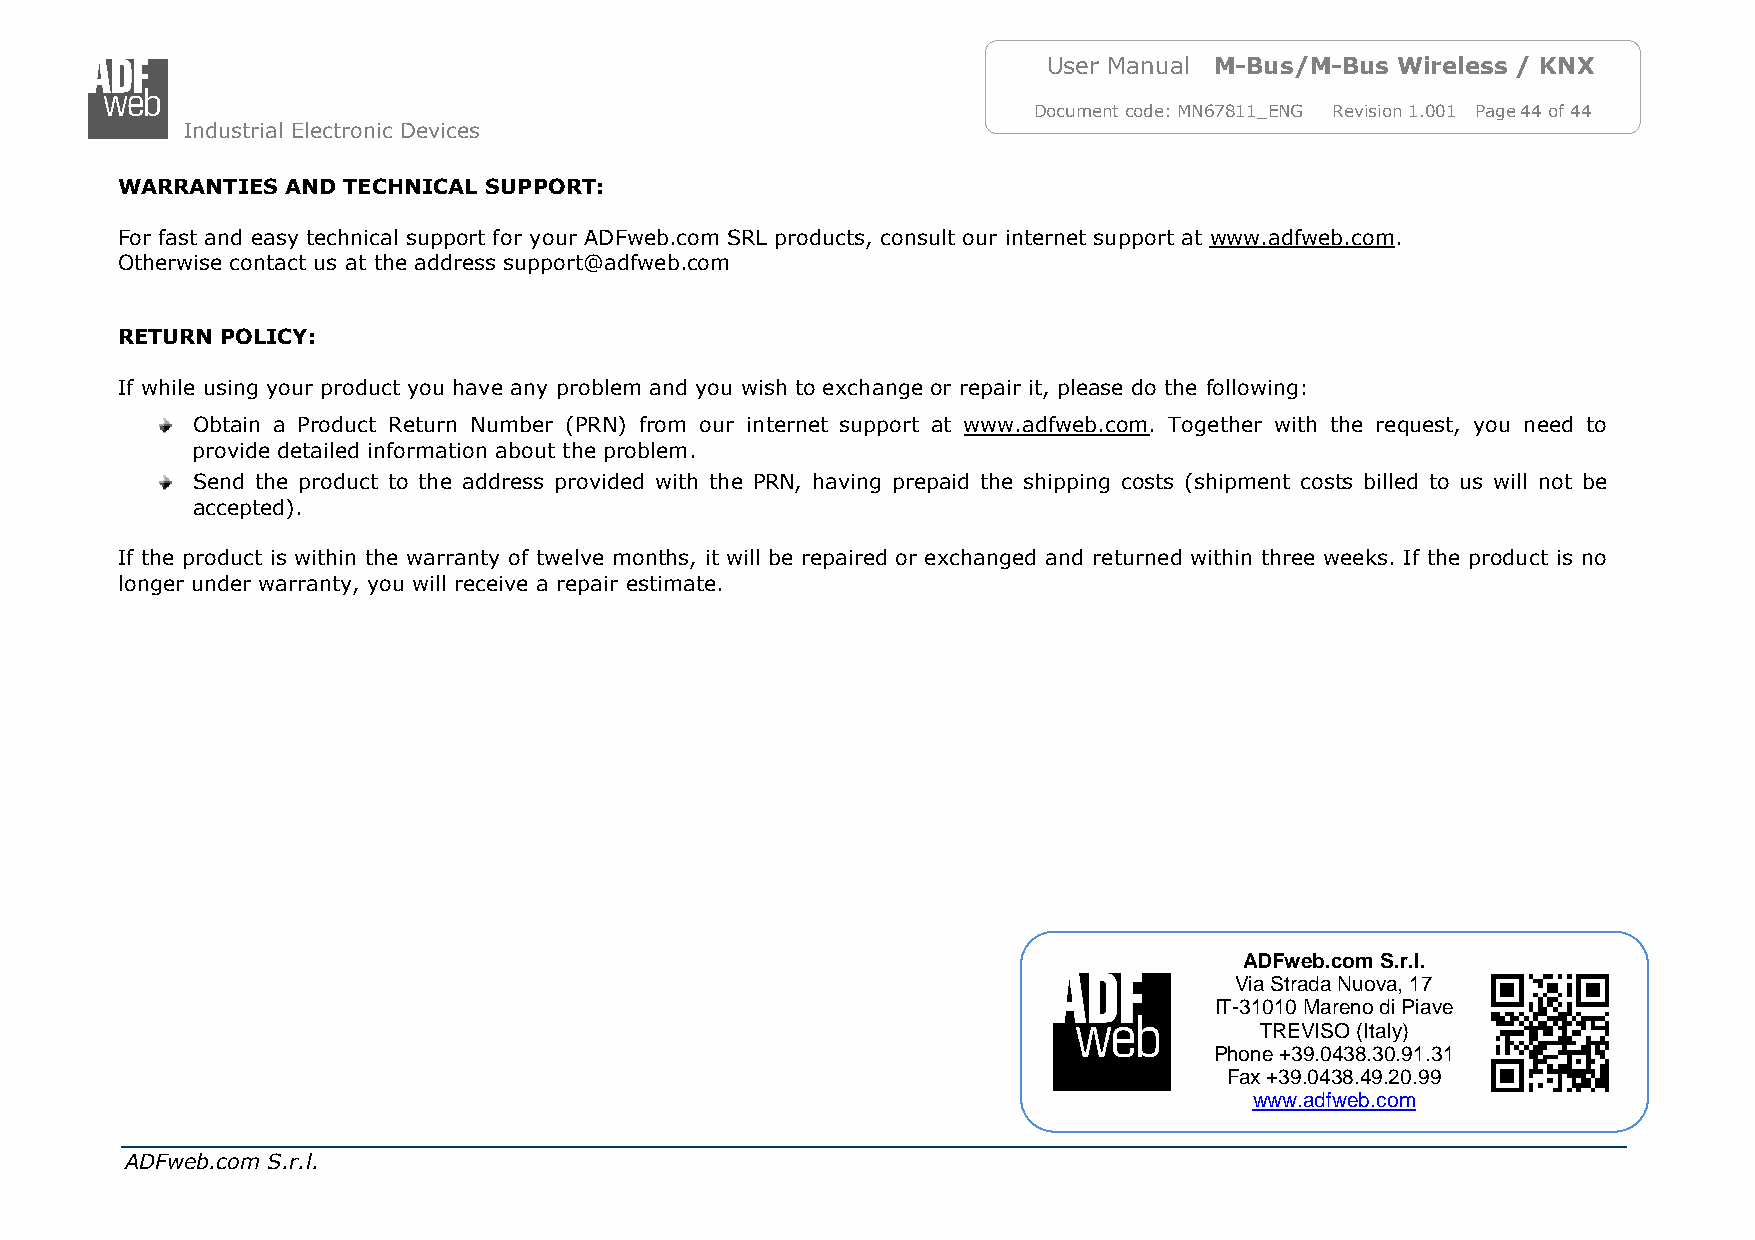
User Manual M-Bus/M-Bus Wireless / KNX
 Document code: MN67811_ENG Revision 1.001 Page 44 of 44
 Industrial Electronic Devices
 WARRANTIES AND TECHNICAL SUPPORT:
 For fast and easy technical support for your ADFweb.com SRL products, consult our internet support at www.adfweb.com.
 Otherwise contact us at the address support@adfweb.com
 RETURN POLICY:
 If while using your product you have any problem and you wish to exchange or repair it, please do the following:
 Obtain a Product Return Number (PRN) from our internet support at www.adfweb.com. Together with the request, you need to
 provide detailed information about the problem.
 Send the product to the address provided with the PRN, having prepaid the shipping costs (shipment costs billed to us will not be
 accepted).
 If the product is within the warranty of twelve months, it will be repaired or exchanged and returned within three weeks. If the product is no
 longer under warranty, you will receive a repair estimate.
 ADFweb.com S.r.l.
 Via Strada Nuova, 17
 IT-31010 Mareno di Piave
 TREVISO (Italy)
 Phone +39.0438.30.91.31
 Fax +39.0438.49.20.99
 www.adfweb.com
 ADFweb.com S.r.l.